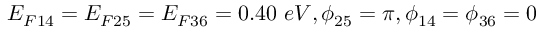
E _ { F 1 4 } = E _ { F 2 5 } = E _ { F 3 6 } = 0 . 4 0 ~ e V , \phi _ { 2 5 } = \pi , \phi _ { 1 4 } = \phi _ { 3 6 } = 0